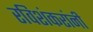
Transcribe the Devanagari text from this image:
रविशंकरांनी